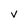
Character: V